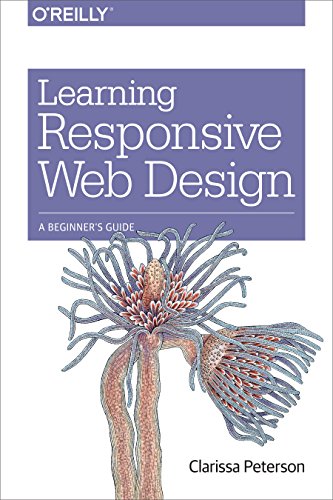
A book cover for Learning Responsive Web Design: A Beginner's Guide; Clarissa Peterson; Computers & Technology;